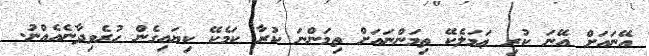
އޭނައަށް އޭނަ ކުރި ޢަމަލެކޭ ތިމަންނައަށް ތިމަންނަ ކުރާ ކަމެކޭ ކިޔައިގެން ހުރެވިދާނެއެއްނު.